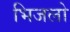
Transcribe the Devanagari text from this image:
भिजलो